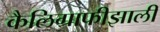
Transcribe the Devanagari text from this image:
कैलिग्राफीझाली